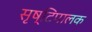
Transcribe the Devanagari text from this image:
सृष्टिपालक